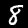
Digit: 8